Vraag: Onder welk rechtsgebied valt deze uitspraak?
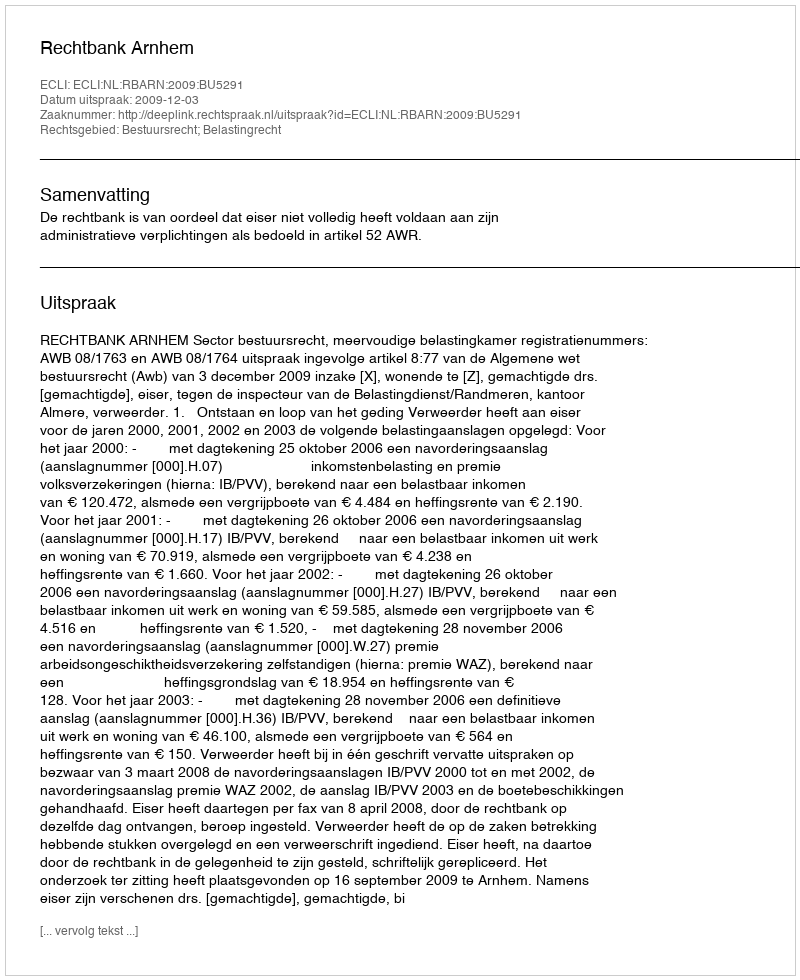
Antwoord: Bestuursrecht; Belastingrecht